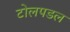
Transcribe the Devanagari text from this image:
टोलपडल